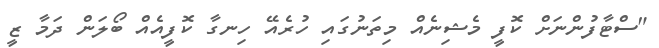
"ސްޓާފުންނަށް ކޮފީ މެޝިނެއް މިތަނުގައި ހުރެއޭ ހިނގާ ކޮފީއެއް ބޯލަން ދަމާ ޒީ